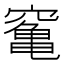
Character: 䆴